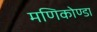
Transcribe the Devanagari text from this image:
मणिकोण्डा